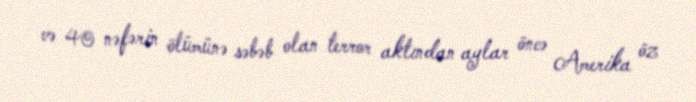
və 40 nəfərin ölümünə səbəb olan terror aktından aylar öncə Amerika öz